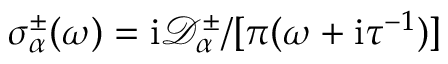
\sigma _ { \alpha } ^ { \pm } ( \omega ) = \mathrm { i } \mathcal { D } _ { \alpha } ^ { \pm } / [ \pi ( \omega + \mathrm { i } \tau ^ { - 1 } ) ]